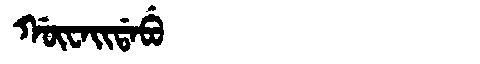
Manchu: ᡤᡡᠸᠠᡳᡩᠠᠪᡠ
Romanization: GŪWAIDABU